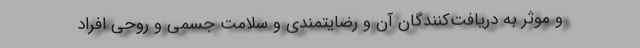
و موثر به دریافت‌کنندگان آن و رضایتمندی و سلامت جسمی و روحی افراد